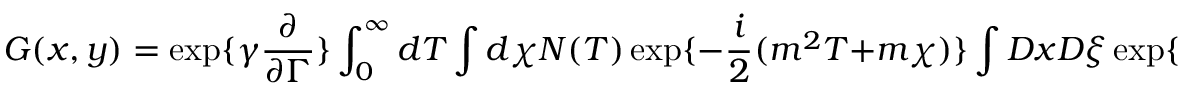
G ( x , y ) = \exp \{ \gamma \frac { \partial } { \partial \Gamma } \} \int _ { 0 } ^ { \infty } d T \int d \chi { \cal N } ( T ) \exp \{ - \frac { i } { 2 } ( m ^ { 2 } T + m \chi ) \} \int D x D \xi \exp \{ i S [ x , \xi ] \} ,